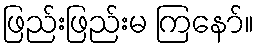
ဖြည်းဖြည်းမ ကြနော်။